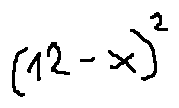
( 1 2 - x ) ^ { 2 }